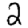
Digit: 2